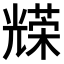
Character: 𠓅